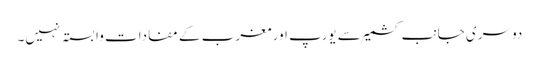
دوسری جانب کشمیر سے یورپ اور مغرب کے مفادات وابستہ نہیں۔